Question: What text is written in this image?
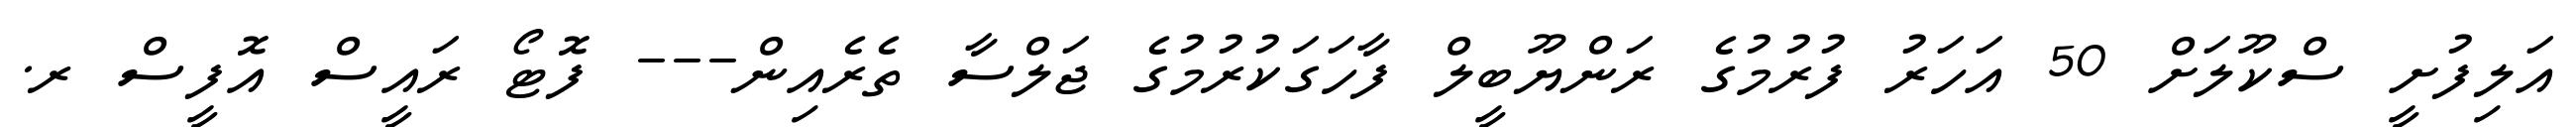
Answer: އަލިފުށީ ސްކޫލަށް 50 އަހަރު ފުރުމުގެ ރަންޔޫބީލް ފާހަގަކުރުމުގެ ޖަލްސާ ތެރެއިން--- ފޮޓޯ ރައީސް އޮފީސް ރ.